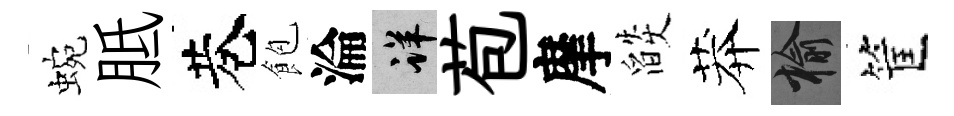
蜿胝巷飽淪详苞摩燄莽榆筐